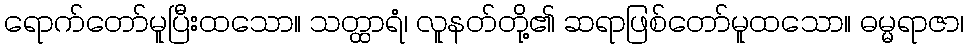
ရောက်တော်မူပြီးထသော။ သတ္ထာရံ၊ လူနတ်တို့၏ ဆရာဖြစ်တော်မူထသော။ ဓမ္မရာဇာ၊